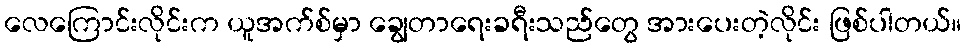
လေကြောင်းလိုင်းက ယူအက်စ်မှာ ချွေတာရေးခရီးသည်တွေ အားပေးတဲ့လိုင်း ဖြစ်ပါတယ်။